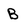
Character: B